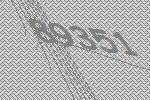
89351